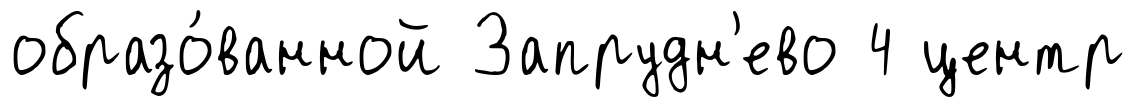
образо́ванной Запрудн'ево 4 центр